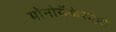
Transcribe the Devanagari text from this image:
मोनोसैकेराइड